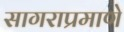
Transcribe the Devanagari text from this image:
सागराप्रमाणे